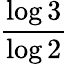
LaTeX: \frac{\log 3}{\log 2}